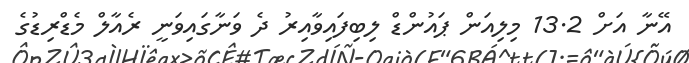
އޭނާ އަށް 13.2 މިލިއަން ޕައުންޑް ލިބިފައިވާއިރު ދެ ވަނާގައިވަނީ ރެއާލް މެޑްރިޑުގެ